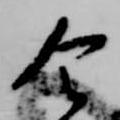
令